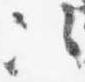
次